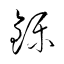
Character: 鑠